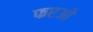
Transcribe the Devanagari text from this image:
फरओ